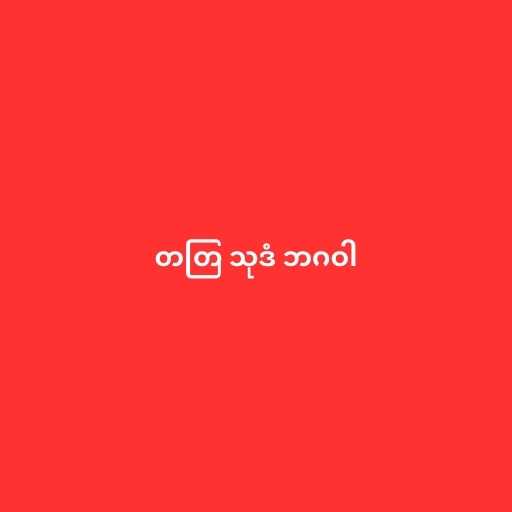
တတြ သုဒံ ဘဂဝါ